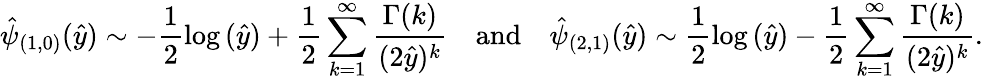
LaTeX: \hat{\psi}_{(1,0)}(\hat{y})\sim-\frac{1}{2}\log{(\hat{y})}+\frac{1}{2}\sum_{k=1}^{\infty}\frac{\Gamma{(k)}}{(2\hat{y})^{k}}\quad\mathrm{and}\quad\hat{\psi}_{(2,1)}(\hat{y})\sim\frac{1}{2}\log{(\hat{y})}-\frac{1}{2}\sum_{k=1}^{\infty}\frac{\Gamma{(k)}}{(2\hat{y})^{k}}.